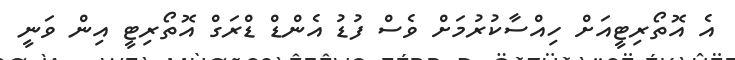
އެ އޮތޯރިޓީއަށް ހިއްސާކުރުމަށް ވެސް ފުޑު އެންޑް ޑްރަގް އޮތޯރިޓީ އިން ވަނީ